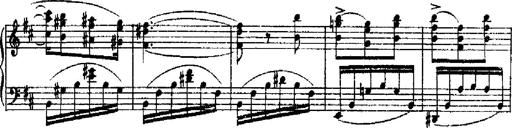
Title: RÃ©miniscences de Robert le diable
Composer: Franz Liszt